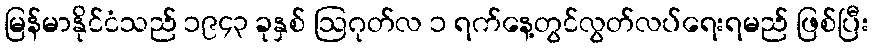
မြန်မာနိုင်ငံသည် ၁၉၄၃ ခုနှစ် ဩဂုတ်လ ၁ ရက်နေ့တွင်လွတ်လပ်ရေးရမည် ဖြစ်ပြီး